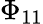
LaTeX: \Phi_{11}